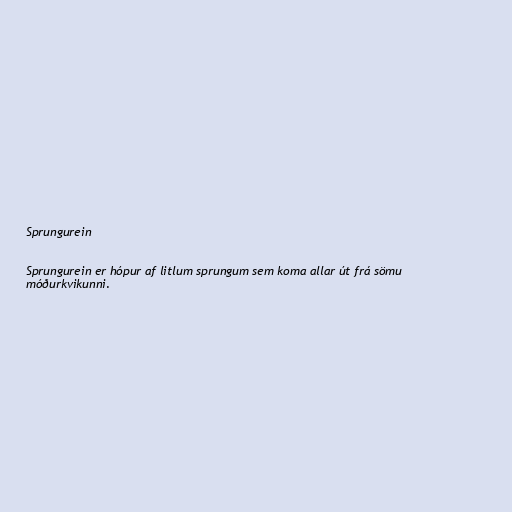
Sprungurein

Sprungurein er hópur af litlum sprungum sem koma allar út frá sömu
móðurkvikunni.